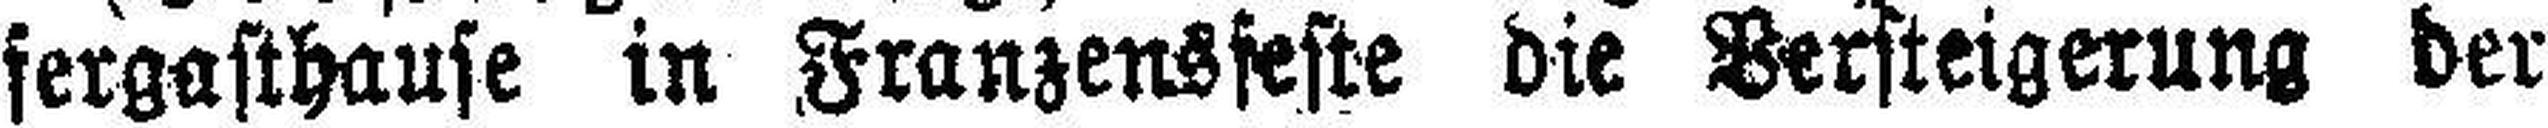
sergasthause in Franzensfeste die Bersteigerung der